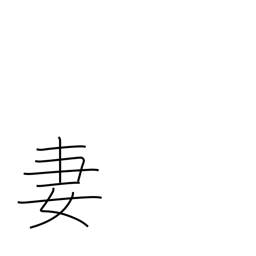
Meaning: wife